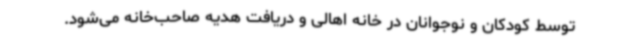
توسط کودکان و نوجوانان در خانه اهالی و دریافت هدیه صاحب‌خانه می‌شود.